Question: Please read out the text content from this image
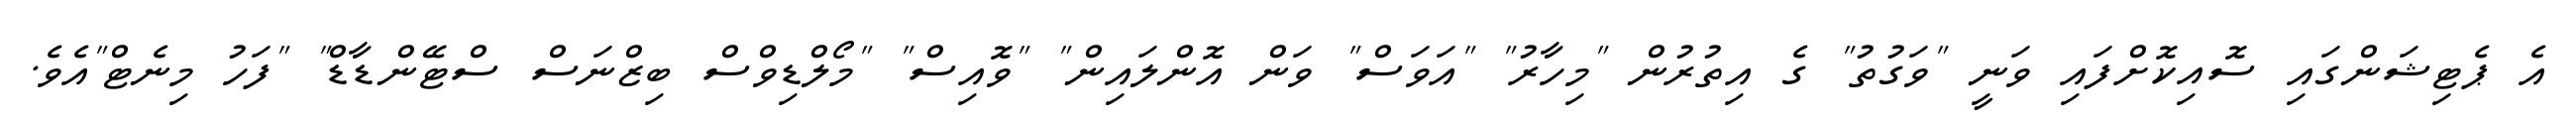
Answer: އެ ޕެޓިޝަންގައި ސޮއިކޮށްފައި ވަނީ "ވަގުތު" ގެ އިތުރުން "މިހާރު" "އަވަސް" ވަން އޮންލައިން" "ވޮއިސް" "މޯލްޑިވްސް ބިޒްނަސް ސްޓޭންޑާޑް" "ފަހު މިނެޓް"އެވެ.